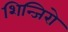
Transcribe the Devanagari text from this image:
शिन्जिरो